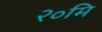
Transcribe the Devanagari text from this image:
२०मि